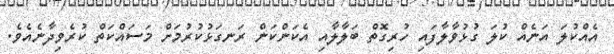
އެއްކުލަ އަނެއް ކުލަ ގުޅުވާލާފައި ހުރިގޮތް ބަލާލާއި އެކަންކަން ރަނގަޅުކުރުމަށް މަސައްކަތް ކުރެވިދާނެއެވެ.